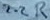
Text: 2.2R